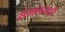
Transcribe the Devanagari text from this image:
संभावनाही